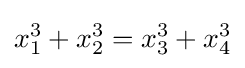
x_{1}^{3}+x_{2}^{3}=x_{3}^{3}+x_{4}^{3}